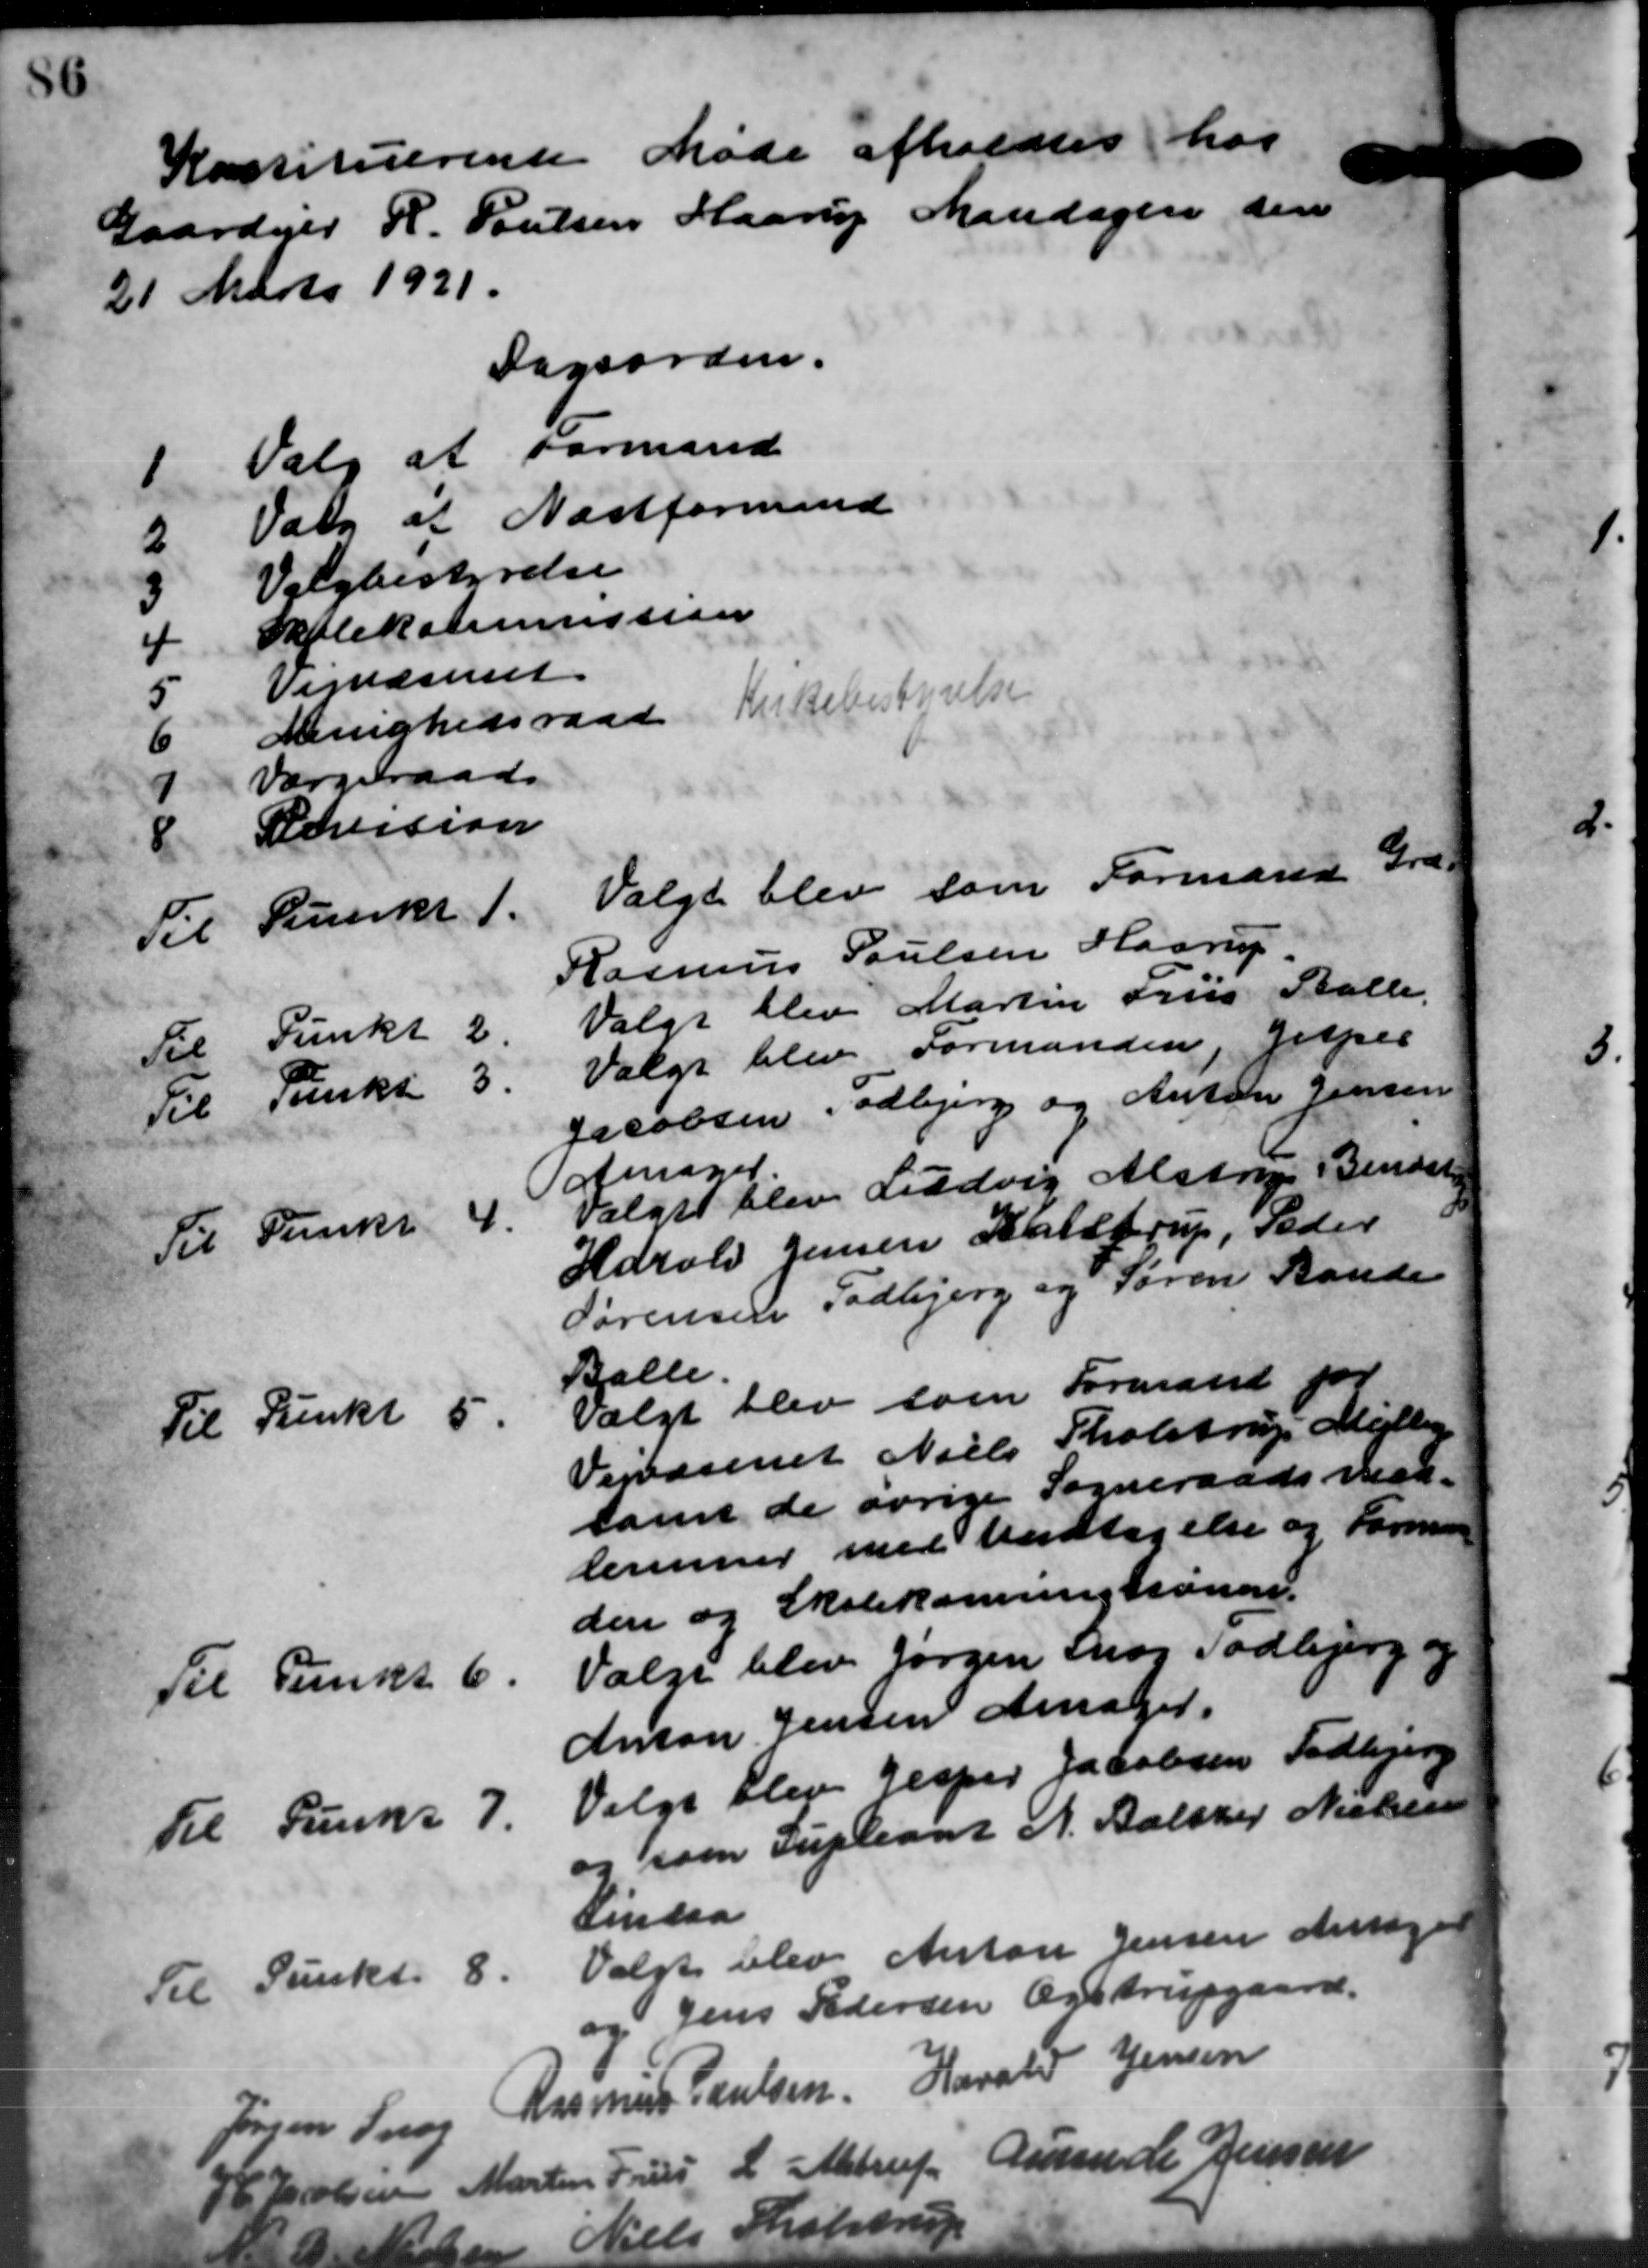
Transskription:
Kassetuerente Møde afholdtes har
Gaardejer H. Poulsen Haarup Mandagen den
21 Marts 1921.
Dagsorden.
1
Valg af Formand
2
Valg af Næstformand

Valgbestyrelse
4
Skolekommission
5
Vejvæsenet
6
Menighedsraad Kirkebestyrelse
7
værgeraad
8
Revision
Til Punkt 1.
Valgt blev som Formand Græ-
Rasmus Poulsen Haarup.
Til Punkt 2
Valgt blev Martin Friis Stalle
Til Punkt 5.
Valgt blev Formanden, Jesper
Jacobsen, Todbjerg og Anton Jensen
Ansøger
Til Punkt 4.
Valget blev Ludvig Alstrup Bendst
Harald Jensen Kalstrup, Peder
Sørensen Todbjerg og Søren Rande
Balle.
Til Punkt 5.
Valgt blev som Formand for
Vejvæsenet Niels Tholstrup Mejlby
samt de øvrige Sogneraadsmed-
lemmer med vedtagelse og Formand
den og Skolekommissionen.
Til Punkt 6.
Vælge blev Jørgen Snog Todbjerg og
Anton Jensen Ansager.
Til Punkt 7.
Valgt Elev Jesper Jacobsen Todbjerg
og som Supleant A. Balther Nielsen
amndaa
Til Punkt 8.
Valgt blev Anton Jensen Ansøger
og Jens Pedersen Ogstrupgaard.
Jørgen Søren Rasmus Poulsen Harald Jensen
P. Jacobsen Martin Pris L. Alstrup Gunde Jensen

8 tdrej